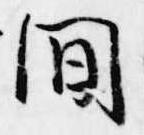
間